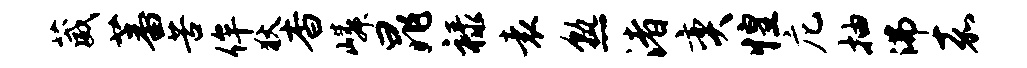
葳蕃苦侔狄杳嶙晁禄袁熟渚奕惶庀抽沸嘉